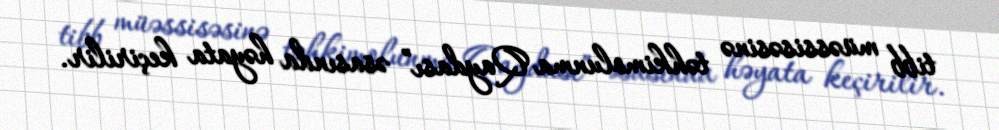
tibb müəssisəsinə təhkimolunma Qaydası” əsasında həyata keçirilir.